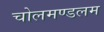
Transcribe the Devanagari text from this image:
चोलमण्डलम